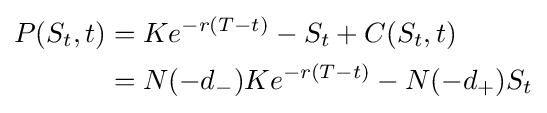
{\begin{aligned}P(S_{t},t)&=Ke^{-r(T-t)}-S_{t}+C(S_{t},t)\\&=N(-d_{-})Ke^{-r(T-t)}-N(-d_{+})S_{t}\end{aligned}}